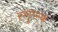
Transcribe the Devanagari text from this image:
स्लुप्स्क